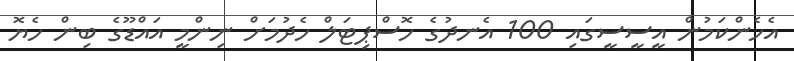
އެހެންކަމުން އީސީސީގައި 100 އެނދުގެ ހޮސްޕިޓަލް ހެދުމަށް ނިންމީ އައްޑޫގެ ބިން ހެޔޮ